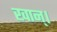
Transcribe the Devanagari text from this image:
खान्।